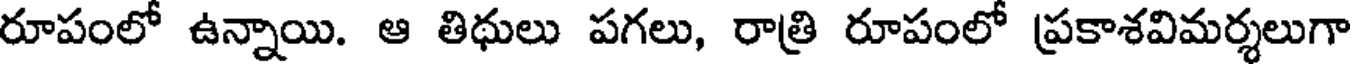
రూపంలో ఉన్నాయి. ఆ తిథులు పగలు, రాత్రి రూపంలో ప్రకాశవిమర్శలుగా